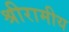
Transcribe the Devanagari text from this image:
श्रीरामीय